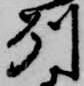
州